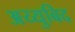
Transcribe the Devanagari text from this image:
अय्युबिद